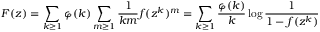
F ( z ) = \sum _ { k \geq 1 } \varphi ( k ) \sum _ { m \geq 1 } { \frac { 1 } { k m } } f ( z ^ { k } ) ^ { m } = \sum _ { k \geq 1 } { \frac { \varphi ( k ) } { k } } \log { \frac { 1 } { 1 - f ( z ^ { k } ) } }